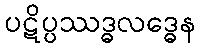
ပဋိပ္ပဿဒ္ဓလဒ္ဓေန